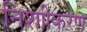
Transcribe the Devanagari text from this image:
निशाीकरण